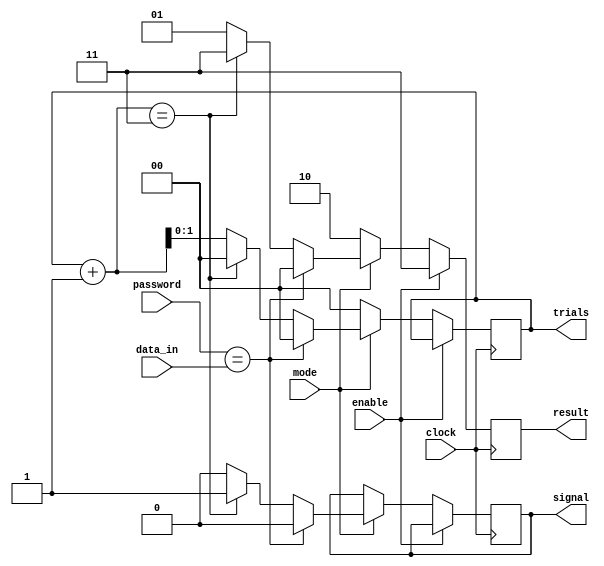
module verify (mode, password, data_in, enable, clock, signal, result,trials);
	input mode, enable;
	input [11:0] password, data_in;
	input clock;
	
	output reg [1:0] trials;

	output reg signal; // tin hieu cho block module
	output reg [1:0] result; // result for display led
	initial 
	begin	
		trials = 2'b00;
		signal = 1'b0;
	end 
	//assign signal = (~trials[1]); // trial[1]: 1->0, signal: 0->1;

	always @ (posedge clock) // reset but result still 11 till next input.
	begin
		if (enable==1'b0) // not be blocked
		begin
			if (mode) // mode = 1 (verify)
			begin
				signal = 1'b0;	//reset signal for block module
				if (password == data_in) 
				begin
					trials <= (2'b00);	// reset trials
					result <= (2'b00); // output led verify right
				end
				else 
				begin
					trials <= trials + 1;	//	increase trials 
					result <= (2'b01); // output led verify wrong
					if (trials+1 == 2'b11) // 3 times verify wrong
					begin
						trials <= (2'b00); // block and reset trials 
						signal = 1'b1;
						result <= (2'b11);
					end
				end
			end
			else // mode = 0 (set)
			begin 
				result <= (2'b10); // output led mode set password  
				trials<=(2'b00);	// reset trials every time when set password
			end
		end
		else result <= (2'b11); //output led block
	end
	
endmodule